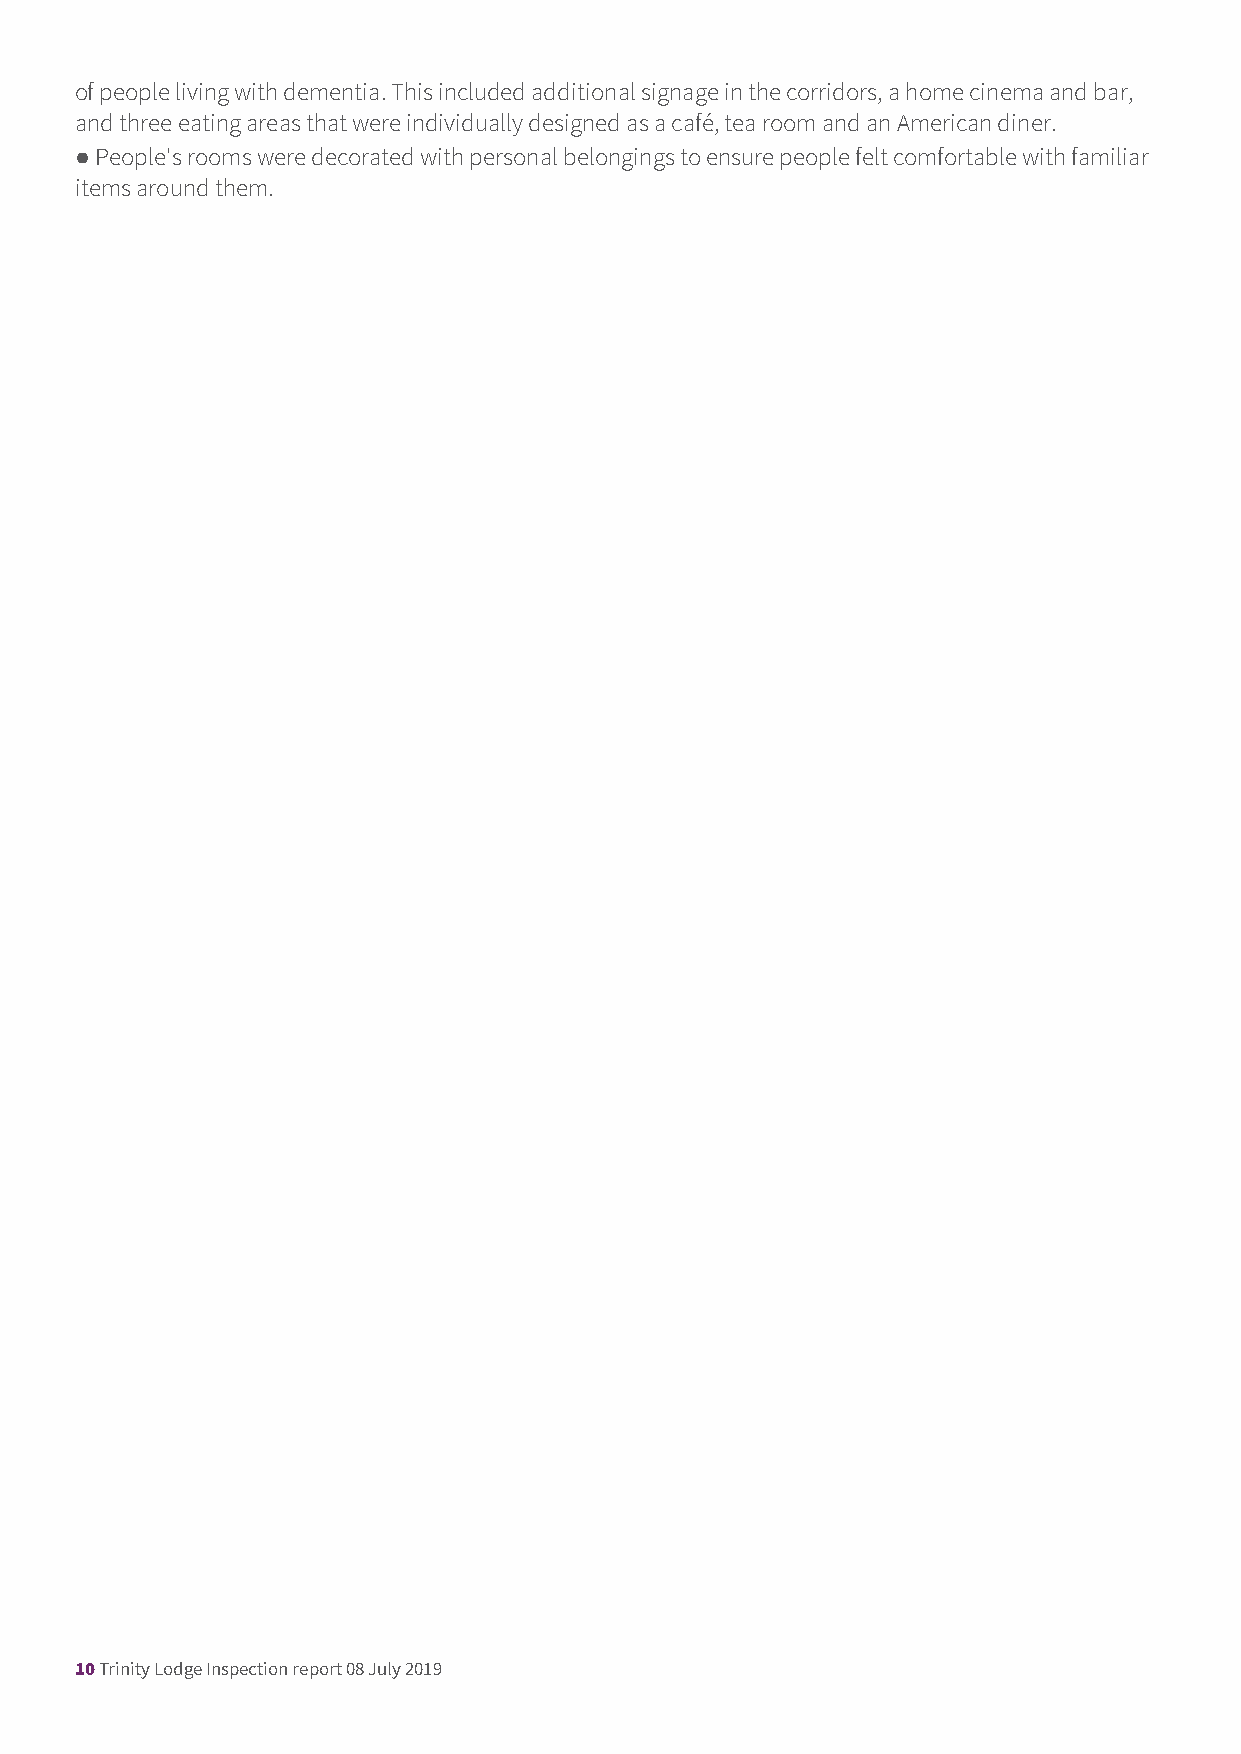
of people living with dementia. This included additional signage in the corridors, a home cinema and bar,
 and three eating areas that were individually designed as a café, tea room and an American diner.
 ● People's rooms were decorated with personal belongings to ensure people felt comfortable with familiar
 items around them.
 10 Trinity Lodge Inspection report 08 July 2019